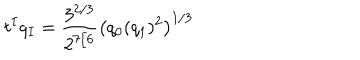
LaTeX: t ^ { I } q _ { I } = { \frac { 3 ^ { 2 / 3 } } { 2 ^ { 7 / 6 } } } \left( q _ { 0 } ( q _ { 1 } ) ^ { 2 } \right) ^ { 1 / 3 }